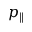
p _ { \parallel }